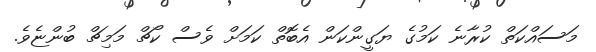
މަސައްކަތް ކުރާނެ ކަމުގެ ޔަގީންކަން އެބޮތް ކަމަށް ވެސް ކޯޗް މަމިޗް ބުންޏެވެ.